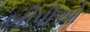
બીપીઓ